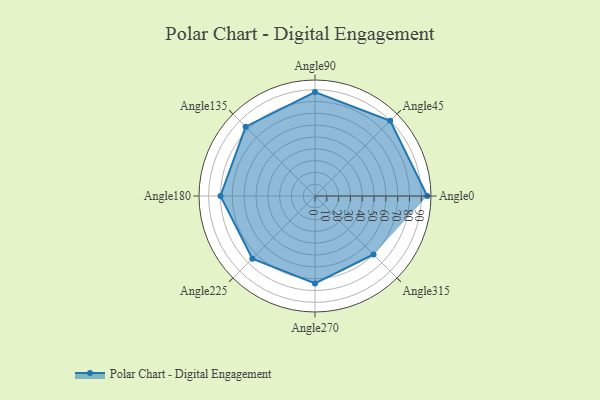
{"axis": {"x": "Angle", "y": "Radius"}, "legend": [""], "data": [{"x": "Angle0", "y": 95.0, "type": ""}, {"x": "Angle45", "y": 90.0, "type": ""}, {"x": "Angle90", "y": 88.0, "type": ""}, {"x": "Angle135", "y": 83.0, "type": ""}, {"x": "Angle180", "y": 80.0, "type": ""}, {"x": "Angle225", "y": 75.0, "type": ""}, {"x": "Angle270", "y": 74.0, "type": ""}, {"x": "Angle315", "y": 70.0, "type": ""}]}